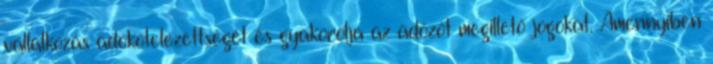
vállalkozás adókötelezettségét és gyakorolja az adózót megillető jogokat. Amennyiben